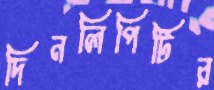
দিনলিপিটির